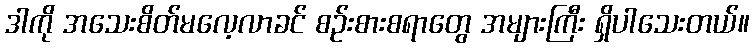
ဒါကို အသေးစိတ်မလေ့လာခင် စဉ်းစားစရာတွေ အများကြီး ရှိပါသေးတယ်။